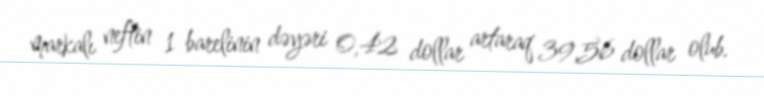
markalı neftin 1 barelinin dəyəri 0,42 dollar artaraq 39,56 dollar olub.